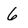
Character: 6